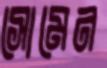
সোমেন